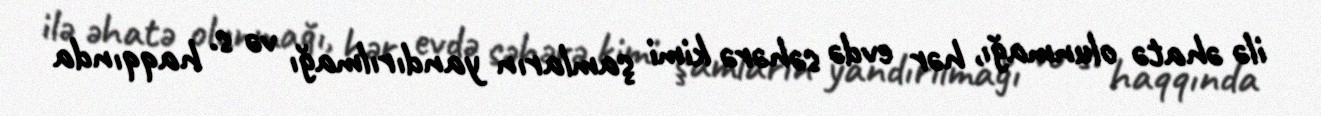
ilə əhatə olunmağı, hər evdə səhərə kimi şamların yandırılmağı və s. haqqında